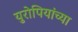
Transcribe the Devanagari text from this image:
युरोपियांच्या